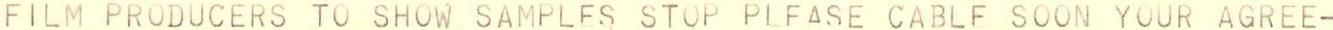
FILM PRODUCERS TO SHOW SAMPLES STOP PLFASE CABLE SOON YOUR AGREE-